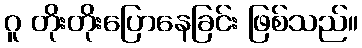
ဂူ တိုးတိုးပြောနေခြင်း ဖြစ်သည်။